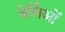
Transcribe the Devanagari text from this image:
वेर्सिओं